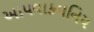
આપવાકમનિય